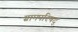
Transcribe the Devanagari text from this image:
ग्रामपरिषद्